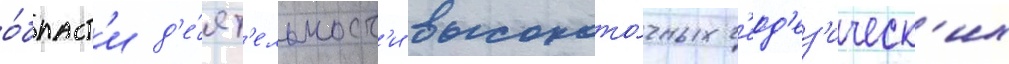
о́бласт'и д'е́ят'ельност'и высокото́чных г'еод'ез'ическ'их